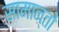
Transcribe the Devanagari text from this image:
सामान्तों